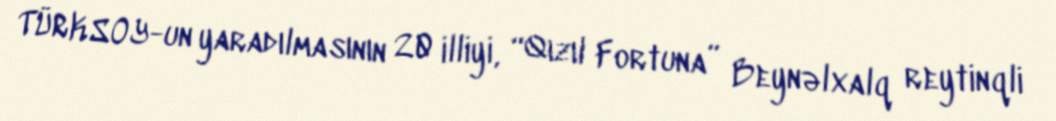
TÜRKSOY-un yaradılmasının 20 illiyi, “Qızıl Fortuna” Beynəlxalq reytinqli